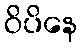
ဝိပိနေ